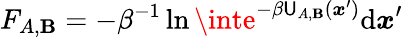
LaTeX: F_{A,\mathbf{B}}=-\beta^{-1}\ln\inte^{-\beta\mathsf{U}_{A,\mathbf{B}}({\boldsymbol{x}}^{\prime})}\mathrm{{d}}{\boldsymbol{x}}^{\prime}